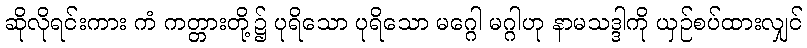
ဆိုလိုရင်းကား ကံ ကတ္တားတို့၌ ပုရိသော ပုရိသော မဂ္ဂေါ မဂ္ဂါဟု နာမသဒ္ဒါကို ယှဉ်စပ်ထားလျှင်